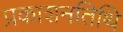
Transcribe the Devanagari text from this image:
प्रकाशनतिथि